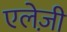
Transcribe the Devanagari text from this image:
एलेज़ी